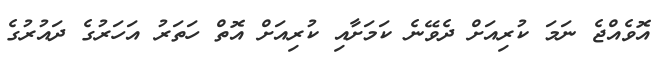
އޮވެއްޖެ ނަމަ ކުރިއަށް ދެވޭނެ ކަމަށާއި ކުރިއަށް އޮތް ހަތަރު އަހަރުގެ ދައުރުގެ